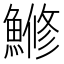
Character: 𫙯